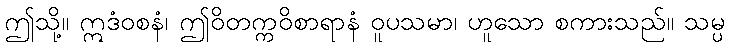
ဤသို့။ ဣဒံဝစနံ၊ ဤဝိတက္ကဝိစာရာနံ ဝူပသမာ၊ ဟူသော စကားသည်။ သမ္ပ